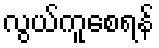
လွယ်ကူစေရန်